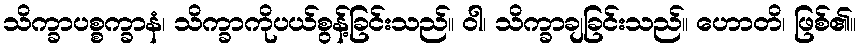
သိက္ခာပစ္စက္ခာနံ၊ သိက္ခာကိုပယ်စွန့်ခြင်းသည်။ ဝါ၊ သိက္ခာချခြင်းသည်။ ဟောတိ၊ ဖြစ်၏။